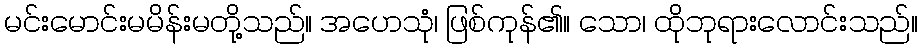
မင်းမောင်းမမိန်းမတို့သည်။ အဟေသုံ၊ ဖြစ်ကုန်၏။ သော၊ ထိုဘုရားလောင်းသည်။